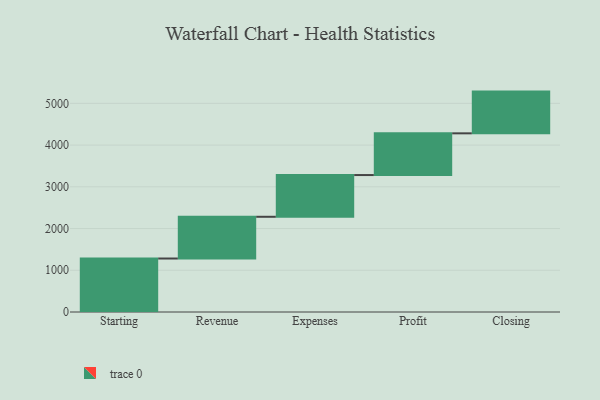
{"axis": {"x": "Step", "y": "Value"}, "legend": [""], "data": [{"x": "Starting", "y": 1282.0, "type": ""}, {"x": "Revenue", "y": 1000, "type": ""}, {"x": "Expenses", "y": 1000, "type": ""}, {"x": "Profit", "y": 1000, "type": ""}, {"x": "Closing", "y": 1000, "type": ""}]}